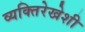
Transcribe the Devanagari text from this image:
व्यक्तिरेखेशी